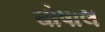
ઘોષાલ